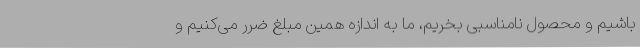
باشیم و محصول نامناسبی بخریم، ما به اندازه همین مبلغ ضرر می‌کنیم و